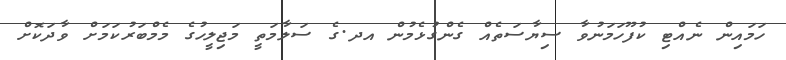
ހަމައިން ނެއްޓި ކުފޫހަމަނުވާ ސިޔާސަތެއް ގެންގުޅެމުން އދ.ގެ ސަލާމަތީ މަޖިލީހުގެ މެމްބަރުކަމަށް ވާދަކޮށް